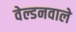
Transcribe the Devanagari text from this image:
वेल्डनवाले